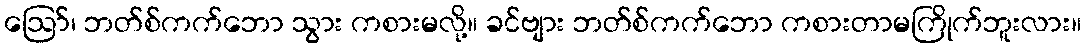
ဪ၊ ဘတ်စ်ကက်ဘော သွား ကစားမလို့။ ခင်ဗျား ဘတ်စ်ကက်ဘော ကစားတာမကြိုက်ဘူးလား။